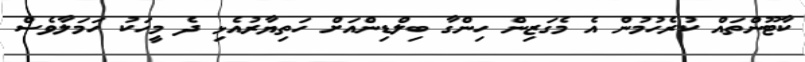
ކާޓޫންތައް ކުރެހުމުން އެ މެގަޒިން ހިންގާ ބިލްޑިންއަށް ހަތިޔާރުއެޅި ދެ މީހަކު ހަމަލާވެސް